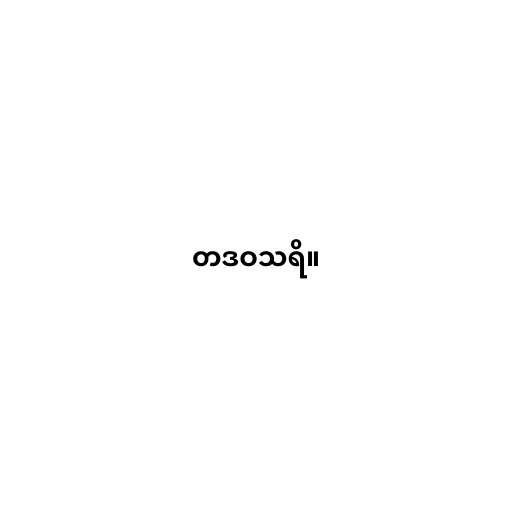
တဒဝသရိ။